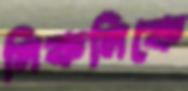
লিকলিকে